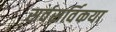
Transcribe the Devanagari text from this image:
सर्वसर्विकया